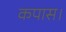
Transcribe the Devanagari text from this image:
कपास।